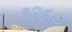
૧૨૬૭